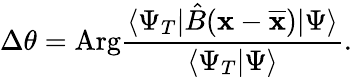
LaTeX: \Delta\theta=\textup{Arg}\frac{\langle\Psi_{T}|\hat{B}(\textbf{x}-\overline{{\textbf{x}}})|\Psi\rangle}{\langle\Psi_{T}|\Psi\rangle}.